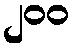
၂၀၀